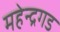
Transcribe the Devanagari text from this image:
महेन्द्रगड